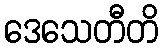
ဒေသေတီတိ